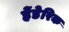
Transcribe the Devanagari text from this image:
हेंडेरिक